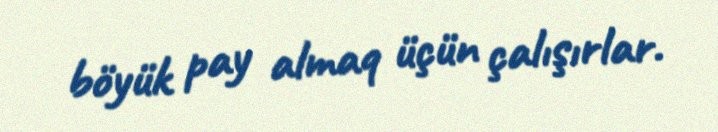
böyük pay almaq üçün çalışırlar.